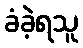
ခံခဲ့ရသူ